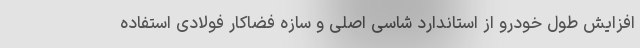
افزایش طول خودرو از استاندارد شاسی اصلی و سازه فضاکار فولادی استفاده